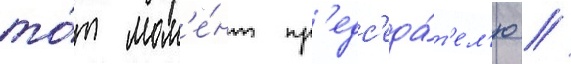
то́т мом'е́нт пр'едс'еда́т'ел'ю //